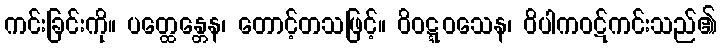
ကင်းခြင်းကို။ ပတ္ထေန္တေန၊ တောင့်တသဖြင့်။ ဝိဝဋ္ဋဝသေန၊ ဝိပါကဝဋ်ကင်းသည်၏